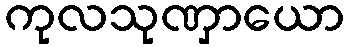
ကုလသုဏှာယော